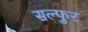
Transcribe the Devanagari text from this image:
सल्फुर